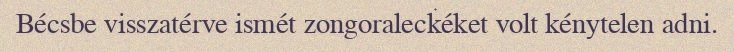
Bécsbe visszatérve ismét zongoraleckéket volt kénytelen adni.